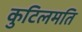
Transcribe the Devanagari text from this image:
कुटिलमति